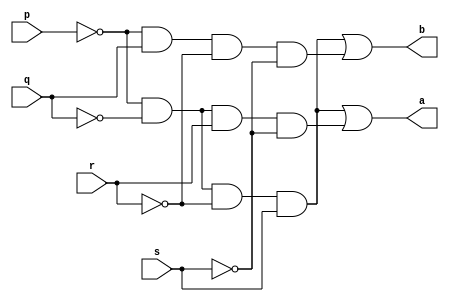
module four_two(a,b,p,q,r,s);
    input p,q,r,s;
    output a,b;

    assign a = (~p & ~q & ~r & s) | (~p & ~q & r & ~s);
    assign b = (~p & ~q & ~r & s) | (~p & q & ~r & ~s);

endmodule